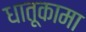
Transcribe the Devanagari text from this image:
धातूकामा